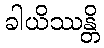
ခါယိဿန္တိ